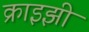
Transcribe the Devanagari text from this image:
क्राइझी